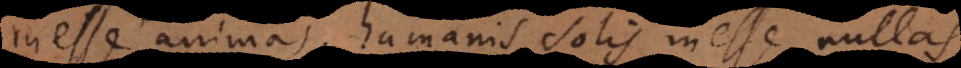
inesse animas, humanis solis inesse nulla